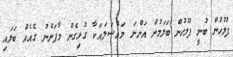
ފުލުހުން ބުނީ ފުލުހުން ބަލަމުން އަންނަ މައްސަަލައަކާ ގުޅިގެން މާފަންނު ގެއެއް ބަލައި